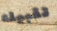
تقبيله